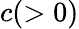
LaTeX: c(>0)